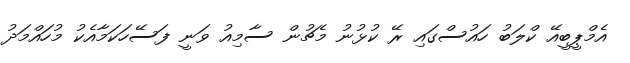
އެމްޕީބީއޭ ކްލަބު ހައުސްގައި ރޭ ކުޅުނު މެޗުން ސާމިއު ވަނީ ފަސޭހަކަމާއެކު މުހައްމަދު